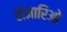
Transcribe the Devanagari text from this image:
रोजारिओ